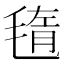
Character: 𣮲